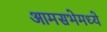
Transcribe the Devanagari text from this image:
आमसभेमध्ये